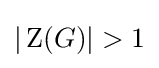
|\operatorname {Z} (G)|>1